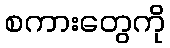
စကားတွေကို